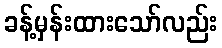
ခန့်မှန်းထားသော်လည်း